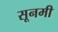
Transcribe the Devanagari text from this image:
सूनमी